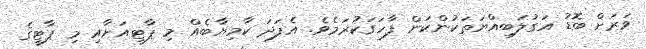
ވަރަށް ބޮޑު އަގުލަބިއްޔަތަކުންކަން ފާހަގަކުރަމެވެ. އެފަދަ ކާމިޔާބެއް މި ޕާޓީއަށާއި މި ޕާޓީގެ